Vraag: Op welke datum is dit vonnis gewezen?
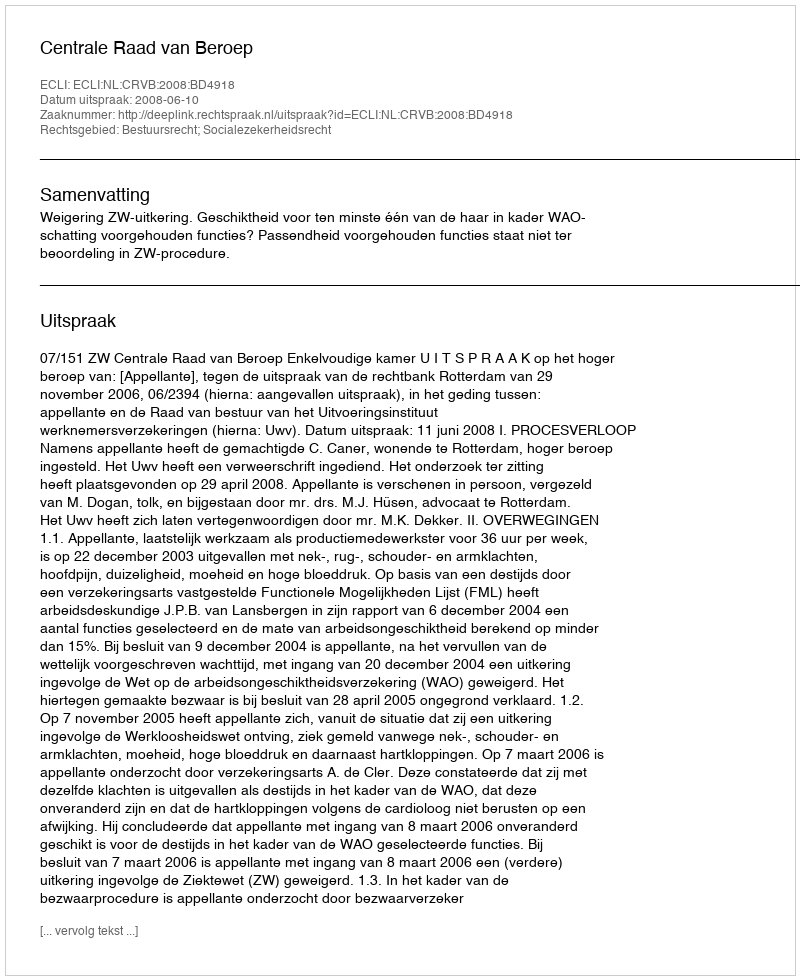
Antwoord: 2008-06-10